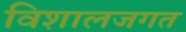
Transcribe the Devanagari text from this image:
विशालजगत